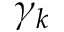
\gamma _ { k }